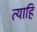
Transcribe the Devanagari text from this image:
त्याहि